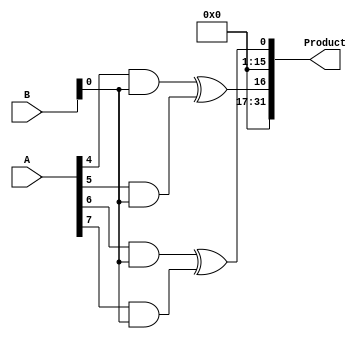
module DaddaMultiplier(
   input [15:0] A,
   input [15:0] B,
   output reg [31:0] Product
);

reg [15:0] PP [15:0];
reg [15:0] CSA1 [7:0];
reg [15:0] CSA2 [3:0];
reg [15:0] CSA3 [1:0];

integer i, j;

// Partial product generation
always @* begin
   for(i = 0; i < 16; i = i + 1) begin
      for(j = 0; j < 16; j = j + 1) begin
         if(i + j < 16) begin
            PP[i + j] = A[i] & B[j];
         end
      end
   end
end

// Carry-save addition
always @* begin
   for(i = 0; i < 8; i = i + 1) begin
      CSA1[i] = PP[2*i] ^ PP[2*i+1];
   end

   for(i = 0; i < 4; i = i + 1) begin
      CSA2[i] = CSA1[2*i] ^ CSA1[2*i+1];
   end

   for(i = 0; i < 2; i = i + 1) begin
      CSA3[i] = CSA2[2*i] ^ CSA2[2*i+1];
   end
end

// Final sum accumulation
always @* begin
   Product = {CSA3[0], CSA3[1], CSA2[0], CSA2[1], CSA1[0], CSA1[1], CSA1[2], CSA1[3]};
end

endmodule